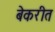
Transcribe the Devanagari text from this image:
बेकरीत